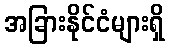
အခြားနိုင်ငံများရှိ